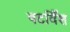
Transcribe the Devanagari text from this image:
षटविँश